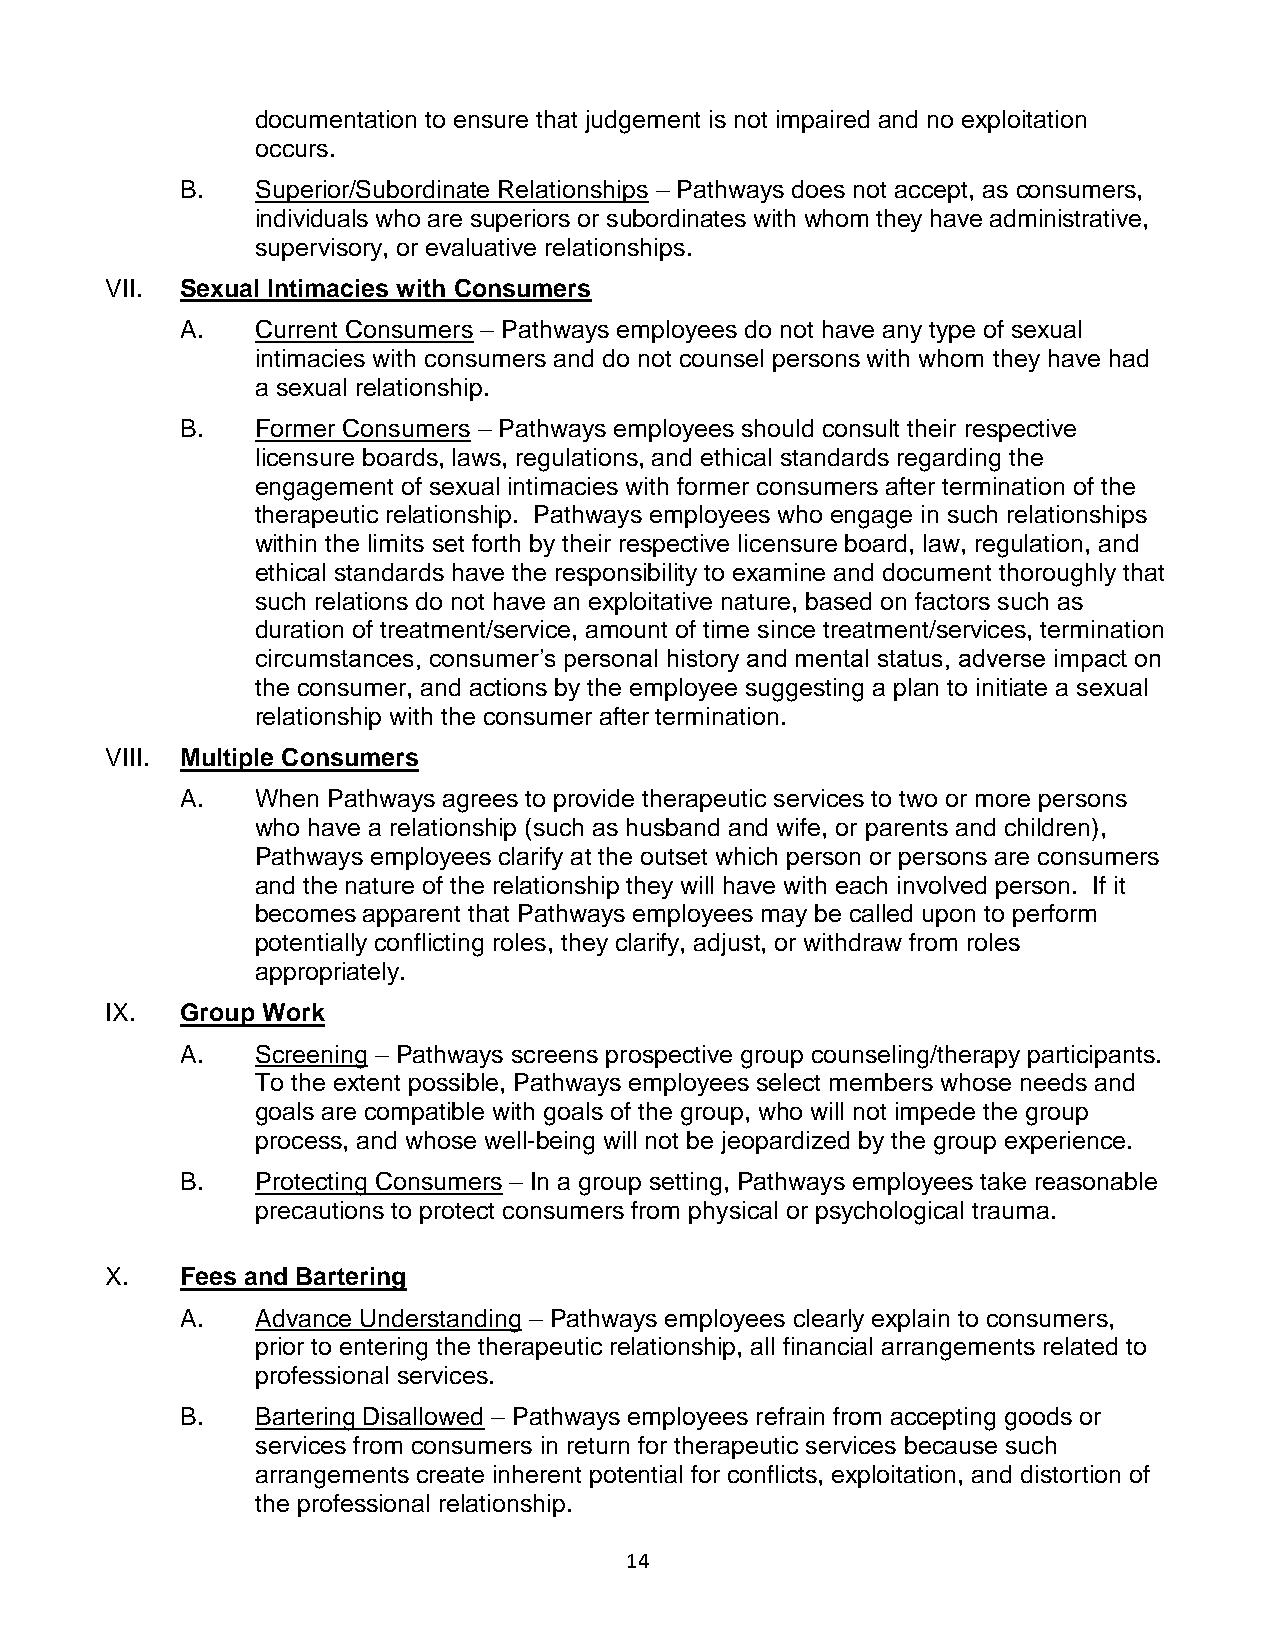
documentation to ensure that judgement is not impaired and no exploitation
 occurs.
 B.   Superior/Subordinate Relationships – Pathways does not accept, as consumers,
 individuals who are superiors or subordinates with whom they have administrative,
 supervisory, or evaluative relationships.
 VII. Sexual Intimacies with Consumers
 A.   Current Consumers – Pathways employees do not have any type of sexual
 intimacies with consumers and do not counsel persons with whom they have had
 a sexual relationship.
 B.   Former Consumers – Pathways employees should consult their respective
 licensure boards, laws, regulations, and ethical standards regarding the
 engagement of sexual intimacies with former consumers after termination of the
 therapeutic relationship. Pathways employees who engage in such relationships
 within the limits set forth by their respective licensure board, law, regulation, and
 ethical standards have the responsibility to examine and document thoroughly that
 such relations do not have an exploitative nature, based on factors such as
 duration of treatment/service, amount of time since treatment/services, termination
 circumstances, consumer’s personal history and mental status, adverse impact on
 the consumer, and actions by the employee suggesting a plan to initiate a sexual
 relationship with the consumer after termination.
 VIII. Multiple Consumers
 A.   When Pathways agrees to provide therapeutic services to two or more persons
 who have a relationship (such as husband and wife, or parents and children),
 Pathways employees clarify at the outset which person or persons are consumers
 and the nature of the relationship they will have with each involved person. If it
 becomes apparent that Pathways employees may be called upon to perform
 potentially conflicting roles, they clarify, adjust, or withdraw from roles
 appropriately.
 IX.  Group Work
 A.   Screening – Pathways screens prospective group counseling/therapy participants.
 To the extent possible, Pathways employees select members whose needs and
 goals are compatible with goals of the group, who will not impede the group
 process, and whose well-being will not be jeopardized by the group experience.
 B.   Protecting Consumers – In a group setting, Pathways employees take reasonable
 precautions to protect consumers from physical or psychological trauma.
 X.   Fees and Bartering
 A.   Advance Understanding – Pathways employees clearly explain to consumers,
 prior to entering the therapeutic relationship, all financial arrangements related to
 professional services.
 B.   Bartering Disallowed – Pathways employees refrain from accepting goods or
 services from consumers in return for therapeutic services because such
 arrangements create inherent potential for conflicts, exploitation, and distortion of
 the professional relationship.
 14